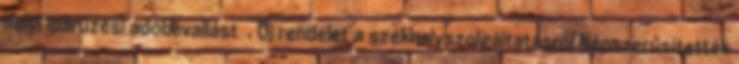
helyi iparűzési adóbevallást �. Új rendelet a székhelyszolgáltatásról Népszerűsítették